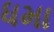
ધમા